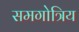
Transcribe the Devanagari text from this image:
समगोत्रिय